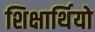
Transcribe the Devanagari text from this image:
शिक्षार्थियो